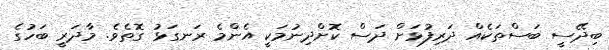
ބިދޭސީ ބަސްތަކެއް ދަރިފުޅަށް ދަސް ކޮށްދިނުމަކީ އެންމެ ރަނގަޅު ގޮތެވެ. މާދަރީ ބަހުގެ